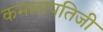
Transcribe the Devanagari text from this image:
कमलापतिजी